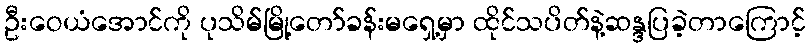
ဦးဝေယံအောင်ကို ပုသိမ်မြို့တော်ခန်းမရှေ့မှာ ထိုင်သပိတ်နဲ့ဆန္ဒပြခဲ့တာကြောင့်